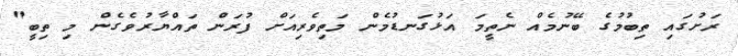
ރަށުގައި ތިބުމުގެ ބޭނުމެއް ނެތީމަ އަޅުގަނޑުމެން މަތިވެރިއަށް ފުރަން ތައްޔާރުވެގެން މި ތިބީ"